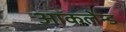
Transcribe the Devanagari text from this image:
आकलेन्ड